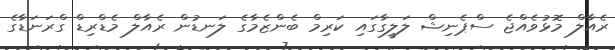
ރެއާލް މޮޅުވެއްޖެ ސްޕެނިޝް ލަލީގާގައި ކަރިމް ބެންޒެމާގެ ލަނޑުން ރެއާލް މެޑްރިޑް ގްރަނަޑާގެ